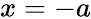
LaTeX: x=-a